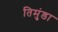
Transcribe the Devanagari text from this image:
तिमुंडा